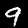
Label: 9